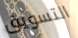
التسويق